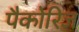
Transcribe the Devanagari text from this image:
पैकोरिज